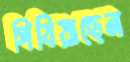
পিষিয়াছেন